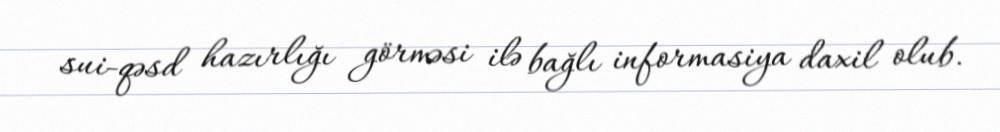
sui-qəsd hazırlığı görməsi ilə bağlı informasiya daxil olub.